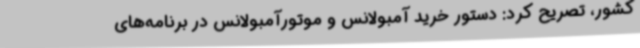
کشور، تصریح کرد: دستور خرید آمبولانس و موتورآمبولانس در برنامه‌های